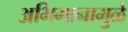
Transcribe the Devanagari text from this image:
अभिमानामुळे